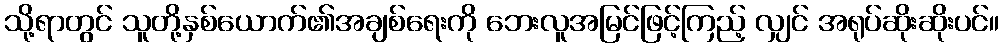
သို့ရာတွင် သူတို့နှစ်ယောက်၏အချစ်ရေးကို ဘေးလူအမြင်ဖြင့်ကြည့် လျှင် အရုပ်ဆိုးဆိုးပင်။